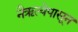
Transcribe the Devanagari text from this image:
नैऋत्येपासून